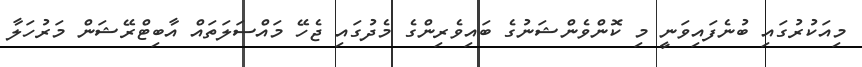
މިއަކުރުގައި ބުނެފައިވަނީ މި ކޮންވެންޝަނުގެ ބައިވެރިންގެ މެދުގައި ޖެހޭ މައްސަލަތައް އާބިޓްރޭޝަން މަރުހަލާ